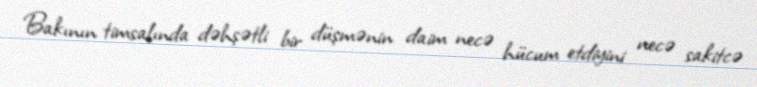
Bakının timsalında dəhşətli bir düşmənin daim necə hücum etdiyini necə sakitcə